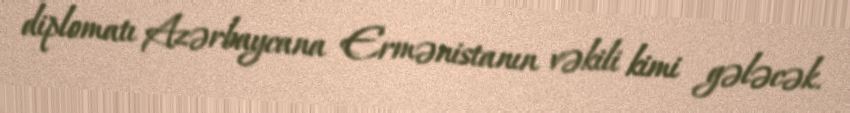
diplomatı Azərbaycana Ermənistanın vəkili kimi gələcək.